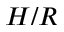
H / R